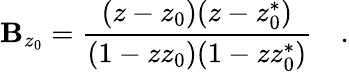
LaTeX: \mathbf{B}_{z_{0}}=\frac{{(z-z_{0})(z-z_{0}^{*})}}{{(1-zz_{0})(1-zz_{0}^{*})}}\quad.